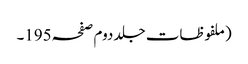
(ملفوظات جلد دوم صفحہ195۔